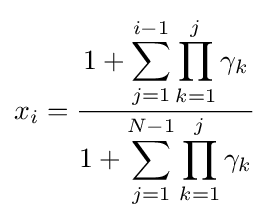
x_{i}={\frac {\displaystyle 1+\sum _{j=1}^{i-1}\prod _{k=1}^{j}\gamma _{k}}{\displaystyle 1+\sum _{j=1}^{N-1}\prod _{k=1}^{j}\gamma _{k}}}